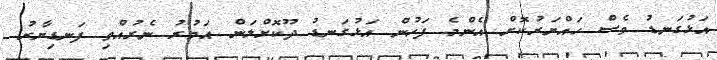
އަޅުގަނޑު ވެސް ހައްޔަރުކޮށް އެންމެ ފަހުން އަޅުގަނޑު ދޫކޮށްލަން އަމުރު ނެރުއްވި ފަނޑިޔާރު